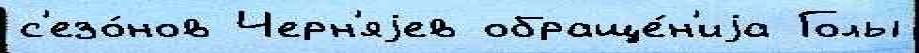
с'езо́нов Черн'яjев обраще́н'иjа Голы